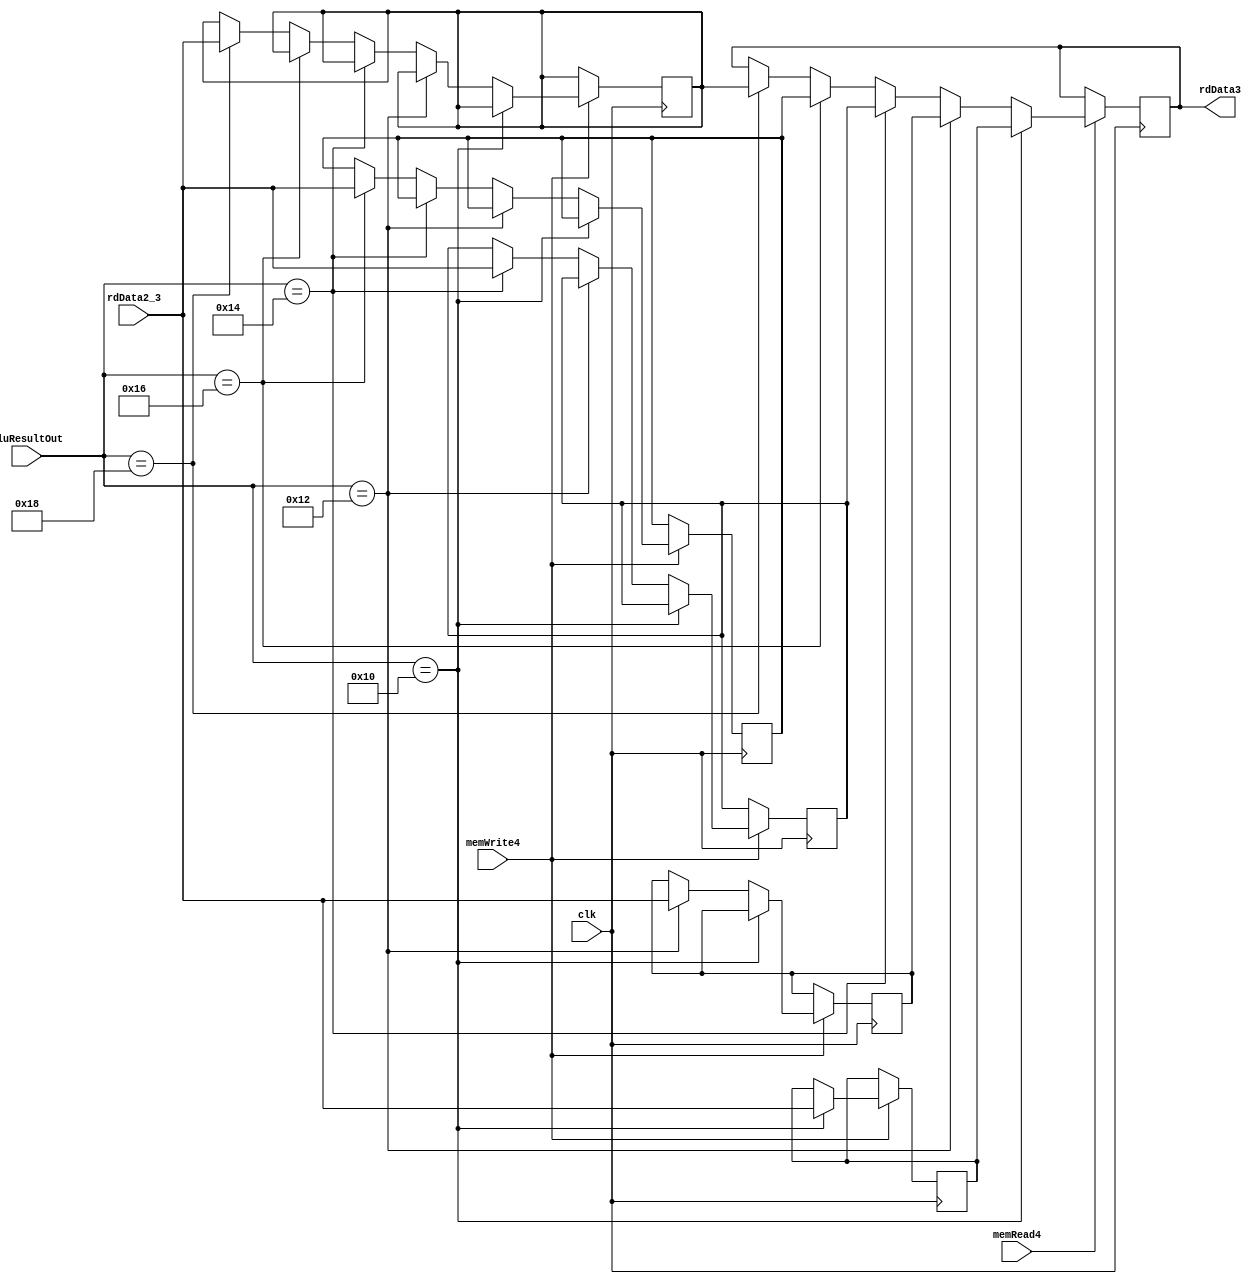
`timescale 1ns / 1ps
//////////////////////////////////////////////////////////////////////////////////
// Company: 
// Engineer: 
// 
// Design Name: 
// Module Name:    dataMemory 
// Project Name: 
// Target Devices: 
// Tool versions: 
// Description: 
//
// Dependencies: 
//
// Revision: 
// Revision 0.01 - File Created
// Additional Comments: 
//
//////////////////////////////////////////////////////////////////////////////////
module dataMemory(
    input clk,
    input memWrite4,
    input memRead4,
    input [15:0] aluResultOut,
    input [15:0] rdData2_3,
    output reg [15:0] rdData3
    );
	 reg [15:0] a0;
	 reg [15:0] a2;
	 reg [15:0] a4;
	 reg [15:0] a6;
	 reg [15:0] a8;
	 
	 always@(posedge clk)
		 if (memRead4 == 1)
			if (aluResultOut == 16'h0010)
				begin 
					rdData3 <= a0;
				end
			else if (aluResultOut == 16'h0012)
				begin 
					rdData3 <= a2;
				end
			else if (aluResultOut == 16'h0014)
				begin 
					rdData3 <= a4;
				end
			else if (aluResultOut == 16'h0016)
				begin 
					rdData3 <= a6;
				end
			else if (aluResultOut == 16'h0018)
				begin 
					rdData3 <= a8;
				end
				
	always@(negedge clk)		
		if (memWrite4 == 1)
			if (aluResultOut == 16'h0010)
				begin 
					a0 <= rdData2_3;
				end
			else if (aluResultOut == 16'h0012)
				begin 
					a2 <= rdData2_3;
				end
			else if (aluResultOut == 16'h0014)
				begin 
					a4 <= rdData2_3;
				end
			else if (aluResultOut == 16'h0016)
				begin 
					a6 <= rdData2_3;
				end
			else if (aluResultOut == 16'h0018)
				begin 
					a8 <= rdData2_3;
				end
		
endmodule